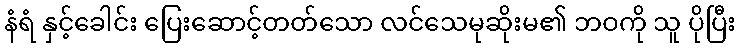
နံရံ နှင့်ခေါင်း ပြေးဆောင့်တတ်သော လင်သေမုဆိုးမ၏ ဘဝကို သူ ပိုပြီး